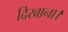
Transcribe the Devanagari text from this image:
दिखाना।